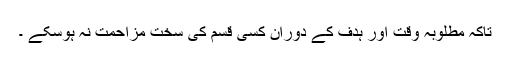
تاکہ مطلوبہ وقت اور ہدف کے دوران کسی قسم کی سخت مزاحمت نہ ہوسکے ۔